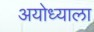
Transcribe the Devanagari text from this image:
अयोध्याला